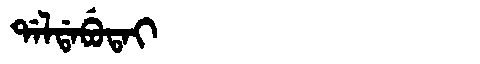
Manchu: ᡩᠠᠯᡩᠠᠪᡠᡨᠠᡳ
Romanization: DALDABUTAI